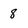
Character: 8